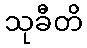
သုခီတိ